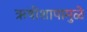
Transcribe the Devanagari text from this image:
ऋषीशापामुळे